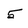
Character: 5